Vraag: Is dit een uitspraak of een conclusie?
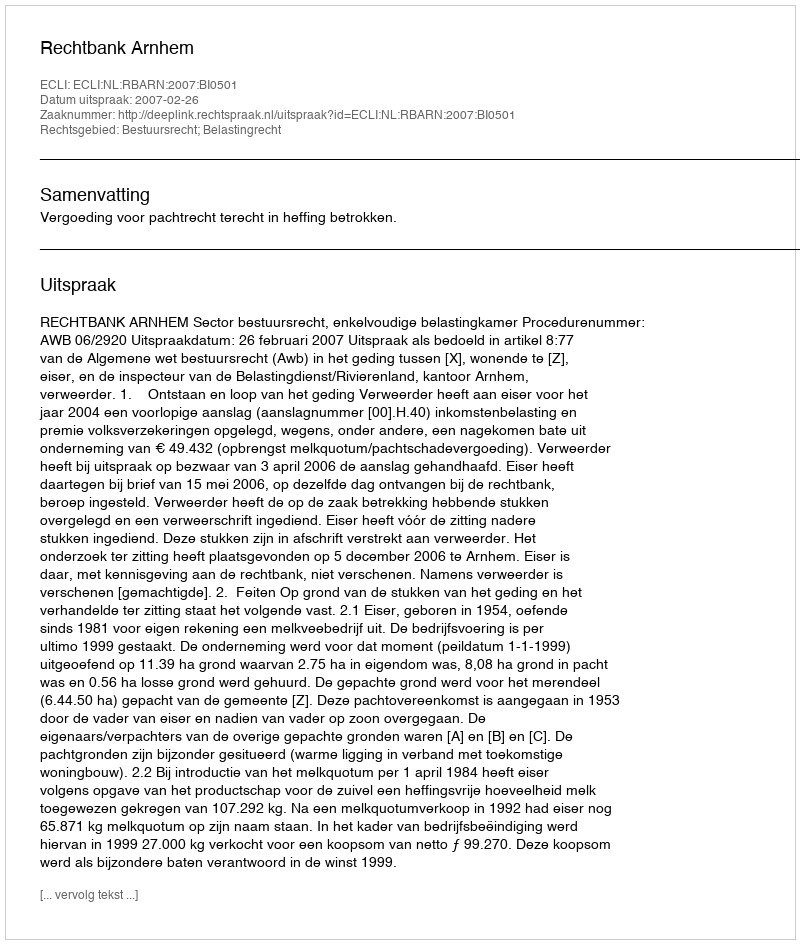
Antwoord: Uitspraak